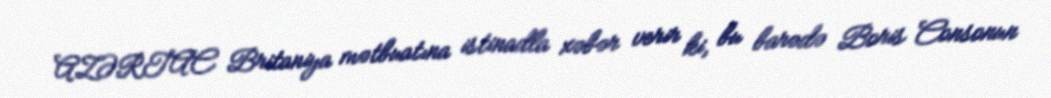
AZƏRTAC Britaniya mətbuatına istinadla xəbər verir ki, bu barədə Boris Consonun